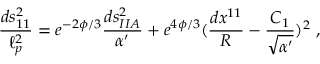
{ \frac { d s _ { 1 1 } ^ { 2 } } { \ell _ { p } ^ { 2 } } } = e ^ { - 2 \phi / 3 } { \frac { d s _ { I I A } ^ { 2 } } { \alpha ^ { \prime } } } + e ^ { 4 \phi / 3 } ( { \frac { d x ^ { 1 1 } } { R } } - { \frac { C _ { 1 } } { \sqrt { \alpha ^ { \prime } } } } ) ^ { 2 } \ ,